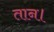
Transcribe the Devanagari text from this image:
तान।